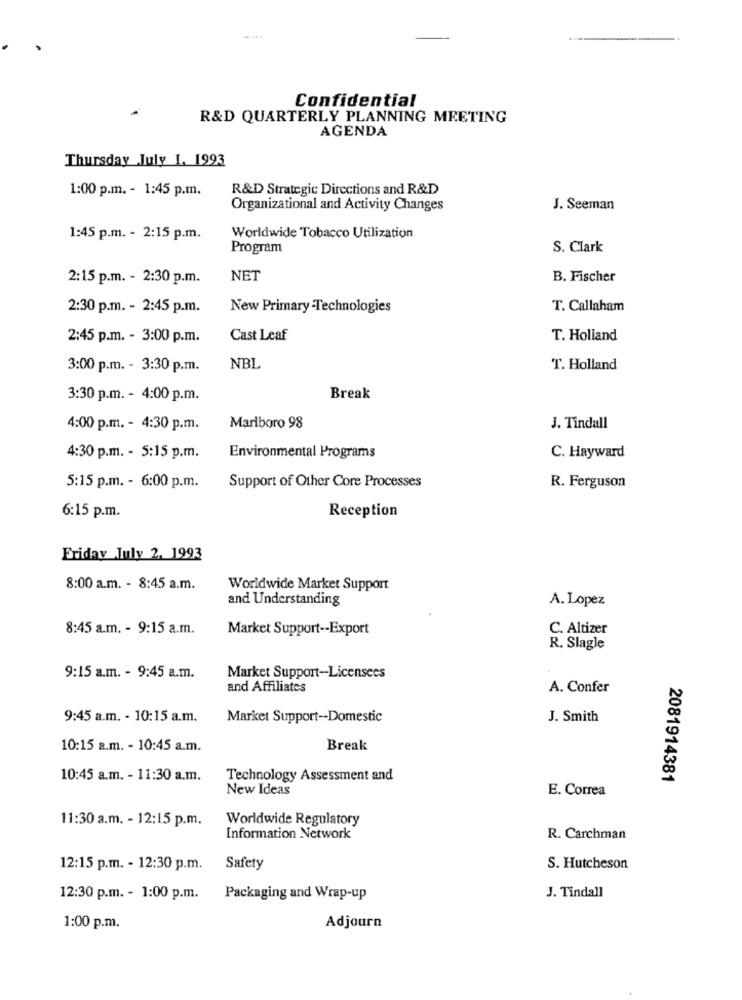
Confidential
R&D QUARTERLY PLANNING MEETING
AGENDA
Thursday July 1. 1993
1:00 p.m. - 1:45 p.m.
R&D Strategic Directions and R&D
Organizational and Activity Changes
J. Seeman
1:45 p.m. - 2:15 p.m.
Worldwide Tobacco Utilization
Program
S. Clark
2:15 p.m. - 2:30 p.m.
NET
B. Fischer
2:30 p.m. - 2:45 p.m.
New Primary -Technologies
T. Callaham
2:45 p.m. - 3:00 p.m.
Cast Leaf
T. Holland
3:00 p.m. - 3:30 p.m.
NBL
T. Holland
3:30 p.m. - 4:00 p.m.
Break
4:00 p.m. - 4:30 p.m.
Marlboro 98
J. Tindall
4:30 p.m. - 5:15 p.m.
Environmental Programs
C. Hayward
5:15 p.m. - 6:00 p.m.
Support of Other Core Processes
R. Ferguson
Reception
6:15 p.m.
Friday July 2. 1993
8:00 a.m. - 8:45 a.m.
Worldwide Market Support
and Understanding
A. Lopez
8:45 a.m. - 9:15 a.m.
Market Support -- Export
C. Altizer
R. Slagle
9:15 a.m. - 9:45 a.m.
Market Support-Licensees
and Affiliates
A. Confer
9:45 a.m. - 10:15 a.m.
Market Support -- Domestic
J. Smith
10:15 a.m. - 10:45 a.m.
Break
10:45 a.m. - 11:30 a.m.
Technology Assessment and
2081914381
New Ideas
E. Correa
11:30 a.m. - 12:15 p.m.
Worldwide Regulatory
Information Network
R. Carchman
12:15 p.m. - 12:30 p.m.
Safety
S. Hutcheson
12:30 p.m. - 1:00 p.m.
Packaging and Wrap-up
J. Tindall
1:00 p.m.
Adjourn